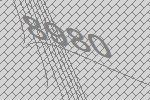
8980